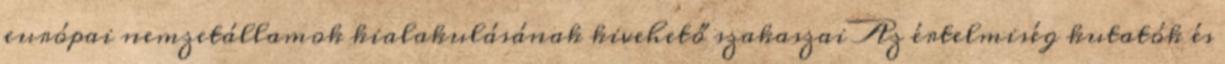
európai nemzetállamok kialakulásának kivehető szakaszai Az értelmiség kutatók és